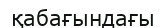
қабағындағы